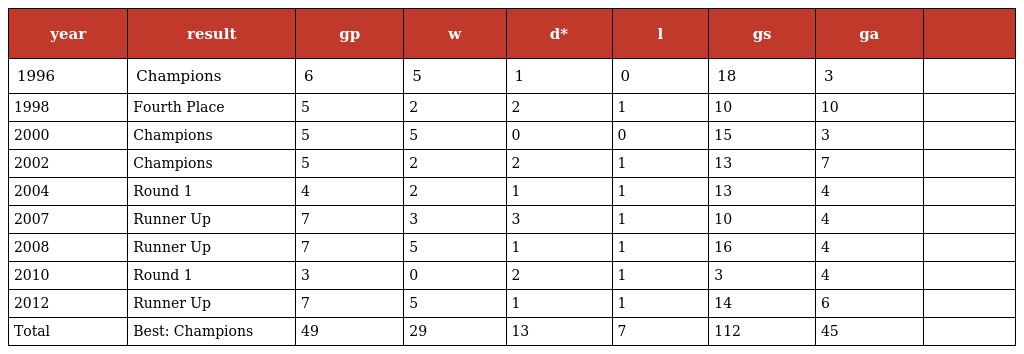
| year | result | gp | w | d* | l | gs | ga |  |
 | --- | --- | --- | --- | --- | --- | --- | --- | --- |
 | 1996 | Champions | 6 | 5 | 1 | 0 | 18 | 3 |  |
 | 1998 | Fourth Place | 5 | 2 | 2 | 1 | 10 | 10 |  |
 | 2000 | Champions | 5 | 5 | 0 | 0 | 15 | 3 |  |
 | 2002 | Champions | 5 | 2 | 2 | 1 | 13 | 7 |  |
 | 2004 | Round 1 | 4 | 2 | 1 | 1 | 13 | 4 |  |
 | 2007 | Runner Up | 7 | 3 | 3 | 1 | 10 | 4 |  |
 | 2008 | Runner Up | 7 | 5 | 1 | 1 | 16 | 4 |  |
 | 2010 | Round 1 | 3 | 0 | 2 | 1 | 3 | 4 |  |
 | 2012 | Runner Up | 7 | 5 | 1 | 1 | 14 | 6 |  |
 | Total | Best: Champions | 49 | 29 | 13 | 7 | 112 | 45 |  |